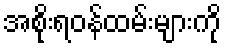
အစိုးရဝန်ထမ်းများကို